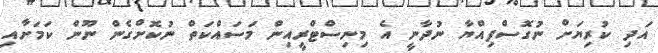
އަދި ކުރިޔަށް ނުގޮސްފިއްޔާ ނުދާނީ އެ މިނިސްޓްރީއިން މަސައްކަތް ނުކޮށްގެން ނޫން ކަމަށާއި